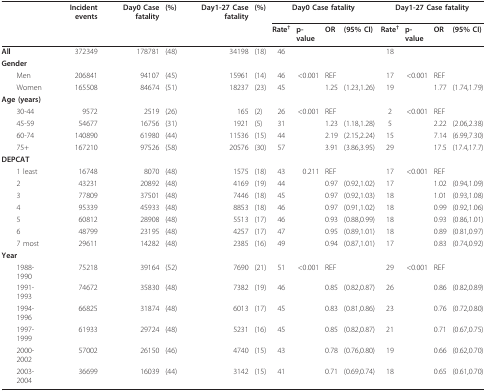
<table><thead><tr><td></td><td><b>Incident events</b></td><td><b>Day0 Case fatality</b></td><td><b>(%)</b></td><td><b>Day1-27 Case fatality</b></td><td><b>(%)</b></td><td colspan="4"><b>Day0 Case fatality</b></td><td colspan="4"><b>Day1-27 Case fatality</b></td></tr><tr><td></td><td></td><td></td><td></td><td></td><td></td><td><b>Rate<sup>†</sup></b></td><td><b>p-value</b></td><td><b>OR</b></td><td><b>(95% CI)</b></td><td><b>Rate<sup>†</sup></b></td><td><b>p-value</b></td><td><b>OR</b></td><td><b>(95% CI)</b></td></tr></thead><tbody><tr><td><b>All</b></td><td>372349</td><td>178781</td><td>(48)</td><td>34198</td><td>(18)</td><td>46</td><td></td><td></td><td></td><td>18</td><td></td><td></td><td></td></tr><tr><td><b>Gender</b></td><td></td><td></td><td></td><td></td><td></td><td></td><td></td><td></td><td></td><td></td><td></td><td></td><td></td></tr><tr><td> Men</td><td>206841</td><td>94107</td><td>(45)</td><td>15961</td><td>(14)</td><td>46</td><td>&lt; 0.001</td><td>REF</td><td></td><td>17</td><td>&lt; 0.001</td><td>REF</td><td></td></tr><tr><td> Women</td><td>165508</td><td>84674</td><td>(51)</td><td>18237</td><td>(23)</td><td>45</td><td></td><td>1.25</td><td>(1.23,1.26)</td><td>19</td><td></td><td>1.77</td><td>(1.74,1.79)</td></tr><tr><td><b>Age (years)</b></td><td></td><td></td><td></td><td></td><td></td><td></td><td></td><td></td><td></td><td></td><td></td><td></td><td></td></tr><tr><td> 30-44</td><td>9572</td><td>2519</td><td>(26)</td><td>165</td><td>(2)</td><td>26</td><td>&lt; 0.001</td><td>REF</td><td></td><td>2</td><td>&lt; 0.001</td><td>REF</td><td></td></tr><tr><td> 45-59</td><td>54677</td><td>16756</td><td>(31)</td><td>1921</td><td>(5)</td><td>31</td><td></td><td>1.23</td><td>(1.18,1.28)</td><td>5</td><td></td><td>2.22</td><td>(2.06,2.38)</td></tr><tr><td> 60-74</td><td>140890</td><td>61980</td><td>(44)</td><td>11536</td><td>(15)</td><td>44</td><td></td><td>2.19</td><td>(2.15,2.24)</td><td>15</td><td></td><td>7.14</td><td>(6.99,7.30)</td></tr><tr><td> 75+</td><td>167210</td><td>97526</td><td>(58)</td><td>20576</td><td>(30)</td><td>57</td><td></td><td>3.91</td><td>(3.86,3.95)</td><td>29</td><td></td><td>17.5</td><td>(17.4,17.7)</td></tr><tr><td><b>DEPCAT</b></td><td></td><td></td><td></td><td></td><td></td><td></td><td></td><td></td><td></td><td></td><td></td><td></td><td></td></tr><tr><td> 1 least</td><td>16748</td><td>8070</td><td>(48)</td><td>1575</td><td>(18)</td><td>43</td><td>0.211</td><td>REF</td><td></td><td>17</td><td>&lt; 0.001</td><td>REF</td><td></td></tr><tr><td> 2</td><td>43231</td><td>20892</td><td>(48)</td><td>4169</td><td>(19)</td><td>44</td><td></td><td>0.97</td><td>(0.92,1.02)</td><td>17</td><td></td><td>1.02</td><td>(0.94,1.09)</td></tr><tr><td> 3</td><td>77809</td><td>37501</td><td>(48)</td><td>7446</td><td>(18)</td><td>45</td><td></td><td>0.97</td><td>(0.92,1.03)</td><td>18</td><td></td><td>1.01</td><td>(0.93,1.08)</td></tr><tr><td> 4</td><td>95339</td><td>45933</td><td>(48)</td><td>8853</td><td>(18)</td><td>46</td><td></td><td>0.97</td><td>(0.91,1.02)</td><td>18</td><td></td><td>0.99</td><td>(0.92,1.06)</td></tr><tr><td> 5</td><td>60812</td><td>28908</td><td>(48)</td><td>5513</td><td>(17)</td><td>46</td><td></td><td>0.93</td><td>(0.88,0.99)</td><td>18</td><td></td><td>0.93</td><td>(0.86,1.01)</td></tr><tr><td> 6</td><td>48799</td><td>23195</td><td>(48)</td><td>4257</td><td>(17)</td><td>47</td><td></td><td>0.95</td><td>(0.89,1.01)</td><td>18</td><td></td><td>0.89</td><td>(0.81,0.97)</td></tr><tr><td> 7 most</td><td>29611</td><td>14282</td><td>(48)</td><td>2385</td><td>(16)</td><td>49</td><td></td><td>0.94</td><td>(0.87,1.01)</td><td>17</td><td></td><td>0.83</td><td>(0.74,0.92)</td></tr><tr><td><b>Year</b></td><td></td><td></td><td></td><td></td><td></td><td></td><td></td><td></td><td></td><td></td><td></td><td></td><td></td></tr><tr><td> 1988-1990</td><td>75218</td><td>39164</td><td>(52)</td><td>7690</td><td>(21)</td><td>51</td><td>&lt; 0.001</td><td>REF</td><td></td><td>29</td><td>&lt; 0.001</td><td>REF</td><td></td></tr><tr><td> 1991-1993</td><td>74672</td><td>35830</td><td>(48)</td><td>7382</td><td>(19)</td><td>46</td><td></td><td>0.85</td><td>(0.82,0.87)</td><td>26</td><td></td><td>0.86</td><td>(0.82,0.89)</td></tr><tr><td> 1994-1996</td><td>66825</td><td>31874</td><td>(48)</td><td>6013</td><td>(17)</td><td>45</td><td></td><td>0.83</td><td>(0.81,0.86)</td><td>23</td><td></td><td>0.76</td><td>(0.72,0.80)</td></tr><tr><td> 1997-1999</td><td>61933</td><td>29724</td><td>(48)</td><td>5231</td><td>(16)</td><td>45</td><td></td><td>0.85</td><td>(0.82,0.87)</td><td>21</td><td></td><td>0.71</td><td>(0.67,0.75)</td></tr><tr><td> 2000-2002</td><td>57002</td><td>26150</td><td>(46)</td><td>4740</td><td>(15)</td><td>43</td><td></td><td>0.78</td><td>(0.76,0.80)</td><td>19</td><td></td><td>0.66</td><td>(0.62,0.70)</td></tr><tr><td> 2003-2004</td><td>36699</td><td>16039</td><td>(44)</td><td>3142</td><td>(15)</td><td>41</td><td></td><td>0.71</td><td>(0.69,0.74)</td><td>18</td><td></td><td>0.65</td><td>(0.61,0.70)</td></tr></tbody></table>